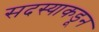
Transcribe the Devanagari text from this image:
सदस्याकडून